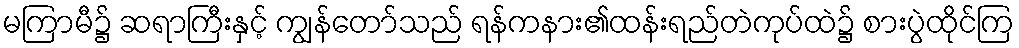
မကြာမီ၌ ဆရာကြီးနှင့် ကျွန်တော်သည် ရန်ကနား၏ထန်းရည်တဲကုပ်ထဲ၌ စားပွဲထိုင်ကြ